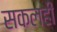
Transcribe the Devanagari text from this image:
सकलही